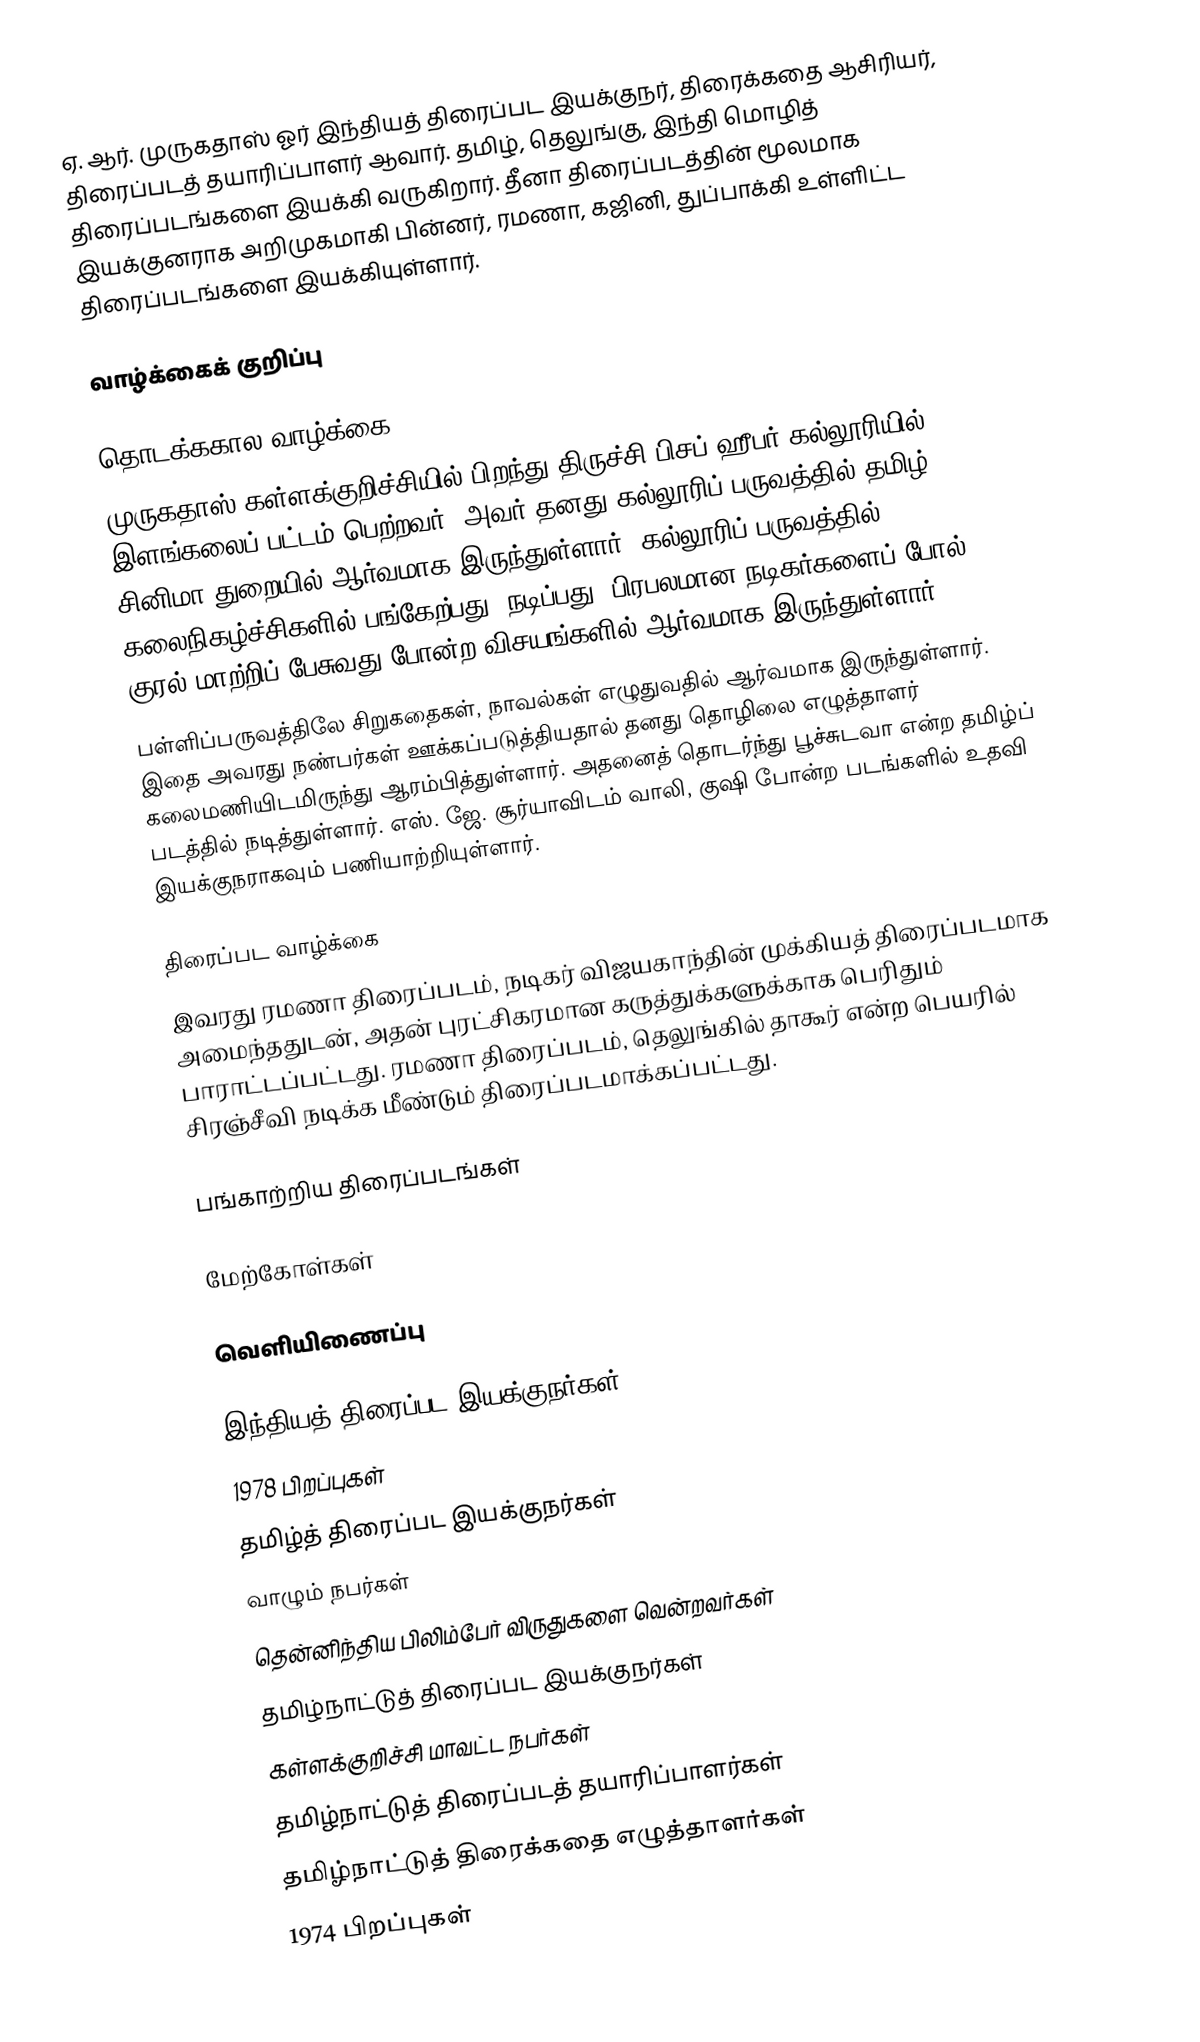
ஏ. ஆர். முருகதாஸ் ஓர் இந்தியத் திரைப்பட இயக்குநர், திரைக்கதை ஆசிரியர், திரைப்படத் தயாரிப்பாளர் ஆவார். தமிழ், தெலுங்கு, இந்தி மொழித் திரைப்படங்களை இயக்கி வருகிறார். தீனா திரைப்படத்தின் மூலமாக இயக்குனராக அறிமுகமாகி பின்னர், ரமணா, கஜினி, துப்பாக்கி உள்ளிட்ட திரைப்படங்களை இயக்கியுள்ளார்.

வாழ்க்கைக் குறிப்பு

தொடக்ககால வாழ்க்கை
முருகதாஸ் கள்ளக்குறிச்சியில் பிறந்து திருச்சி பிசப் ஹீபர் கல்லூரியில் இளங்கலைப் பட்டம் பெற்றவர். அவர் தனது கல்லூரிப் பருவத்தில் தமிழ் சினிமா துறையில் ஆர்வமாக இருந்துள்ளார். கல்லூரிப் பருவத்தில் கலைநிகழ்ச்சிகளில் பங்கேற்பது, நடிப்பது, பிரபலமான நடிகர்களைப் போல் குரல் மாற்றிப் பேசுவது போன்ற விசயங்களில் ஆர்வமாக இருந்துள்ளார்.
பள்ளிப்பருவத்திலே சிறுகதைகள், நாவல்கள் எழுதுவதில் ஆர்வமாக இருந்துள்ளார். இதை அவரது நண்பர்கள் ஊக்கப்படுத்தியதால் தனது தொழிலை எழுத்தாளர் கலைமணியிடமிருந்து ஆரம்பித்துள்ளார். அதனைத் தொடர்ந்து பூச்சுடவா என்ற தமிழ்ப் படத்தில் நடித்துள்ளார். எஸ். ஜே. சூர்யாவிடம் வாலி, குஷி போன்ற படங்களில் உதவி இயக்குநராகவும் பணியாற்றியுள்ளார்.

திரைப்பட வாழ்க்கை
இவரது ரமணா திரைப்படம், நடிகர் விஜயகாந்தின் முக்கியத் திரைப்படமாக அமைந்ததுடன், அதன் புரட்சிகரமான கருத்துக்களுக்காக பெரிதும் பாராட்டப்பட்டது. ரமணா திரைப்படம், தெலுங்கில் தாகூர் என்ற பெயரில் சிரஞ்சீவி நடிக்க மீண்டும் திரைப்படமாக்கப்பட்டது.

பங்காற்றிய திரைப்படங்கள்

மேற்கோள்கள்

வெளியிணைப்பு

இந்தியத் திரைப்பட இயக்குநர்கள்
1978 பிறப்புகள்
தமிழ்த் திரைப்பட இயக்குநர்கள்
வாழும் நபர்கள்
தென்னிந்திய பிலிம்பேர் விருதுகளை வென்றவர்கள்
தமிழ்நாட்டுத் திரைப்பட இயக்குநர்கள்
கள்ளக்குறிச்சி மாவட்ட நபர்கள்
தமிழ்நாட்டுத் திரைப்படத் தயாரிப்பாளர்கள்
தமிழ்நாட்டுத் திரைக்கதை எழுத்தாளர்கள்
1974 பிறப்புகள்